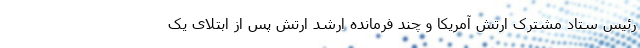
رئیس ستاد مشترک ارتش آمریکا و چند فرمانده ارشد ارتش پس از ابتلای یک